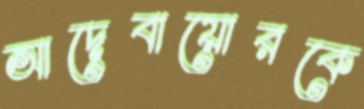
আদেবায়োরকে